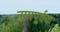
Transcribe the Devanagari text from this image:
नामपूर्वक